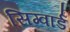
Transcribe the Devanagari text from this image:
सिग्वार्ड